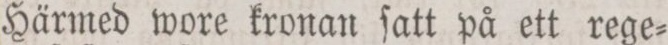
Härmed wore kronan ſatt på ett rege=